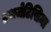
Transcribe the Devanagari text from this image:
एथजेटिसिमा